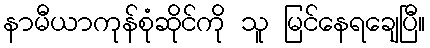
နာမီယာကုန်စုံဆိုင်ကို သူ မြင်နေရချေပြီ။